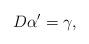
LaTeX: \begin{gather*} D \alpha^{\prime} = \gamma,\end{gather*}